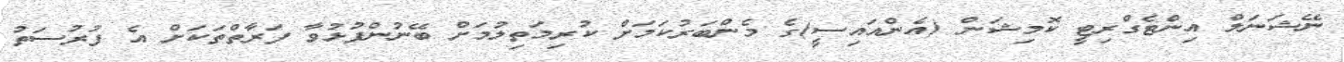
ނޭޝަނަލް އިންޓެގްރިޓީ ކޮމިޝަން (އެންއައިސީ)ގެ މެންބަރުކަމަށް ކުރިމަތިލުމަށް ބޭނުންފުޅުވާ ފަރާތްތަކަށް އެ ފުރުސަތު